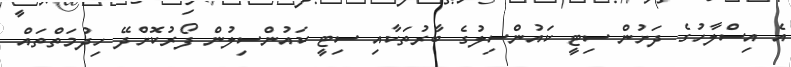
އެ އިސްލާހުގެ ދަށުން ސިޓީ ކައުންސިލުގެ ބާރުތަކާއި ސިޓީ ކައުންސިލުން ފޯރުކޮށްދޭ ހިދުމަތްތައް